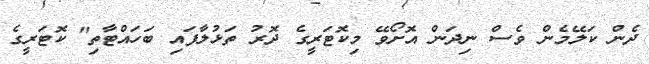
ދެން ކަލޭމެން ވެސް ނިދަން އޮށޯވޭ މިކޮޓަރީގެ ދޮރު ތަޅުލާފައި ބަހައްޓާތި" ކޮޓަރީގެ